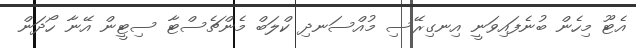
އެޓޫ މިހެން ބުނެފައިވަނީ އިނގިރޭސި މުއްސަނދި ކްލަބް މެންޗެސްޓާ ސިޓީން އޭނާ ހޯދަން